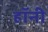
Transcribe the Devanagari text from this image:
हॉनी